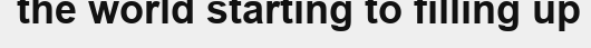
the world starting to filling up